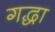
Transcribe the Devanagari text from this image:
गद्धा